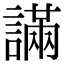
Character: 𧫩